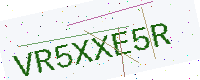
Text: VR5XXE5R